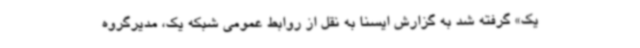
یک» گرفته شد به گزارش ایسنا به نقل از روابط عمومی شبکه یک، مدیرگروه